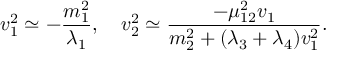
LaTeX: v _ { 1 } ^ { 2 } \simeq - { \frac { m _ { 1 } ^ { 2 } } { \lambda _ { 1 } } } , ~ ~ ~ v _ { 2 } ^ { 2 } \simeq { \frac { - \mu _ { 1 2 } ^ { 2 } v _ { 1 } } { m _ { 2 } ^ { 2 } + ( \lambda _ { 3 } + \lambda _ { 4 } ) v _ { 1 } ^ { 2 } } } .